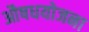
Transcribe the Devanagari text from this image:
औषधयोजना